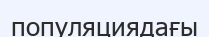
популяциядағы